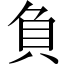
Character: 負